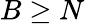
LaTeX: B\geq N